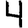
Digit: 4